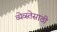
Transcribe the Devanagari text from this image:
व्येव्स्तेसाठी